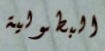
البطولية